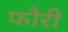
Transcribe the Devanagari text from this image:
फौरी